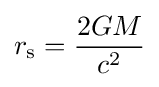
r_{\text{s}}={\frac {2GM}{c^{2}}}